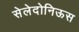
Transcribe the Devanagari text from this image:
सेलेदोनिऊस